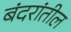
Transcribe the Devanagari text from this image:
बंदरांतील